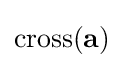
\operatorname {cross} ({\bf {a}})